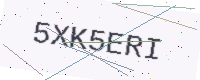
Text: 5XK5ERI